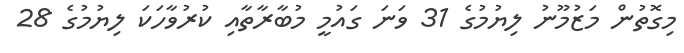
މިގޮތުން މަޒުމޫނު ލިޔުމުގެ 31 ވަނަ ގައުމީ މުބާރާތާއި ކުރުވާހަކަ ލިޔުމުގެ 28